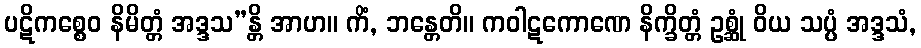
ပဋိကစ္စေဝ နိမိတ္တံ အဒ္ဒသ”န္တိ အာဟ။ ကိံ, ဘန္တေတိ။ ကဝါဋကောဏေ နိက္ခိတ္တံ ဥစ္ဆုံ ဝိယ သပ္ပံ အဒ္ဒသံ,